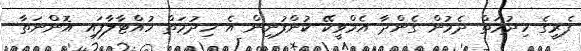
ފެރީގެ ހިދުމަތް ދެމުން ގެންދާ އެމްވީކޭ ކުންފުނިން އެ ހިދުމަތް ހުއްޓާލާފައި އޮންނަތާ